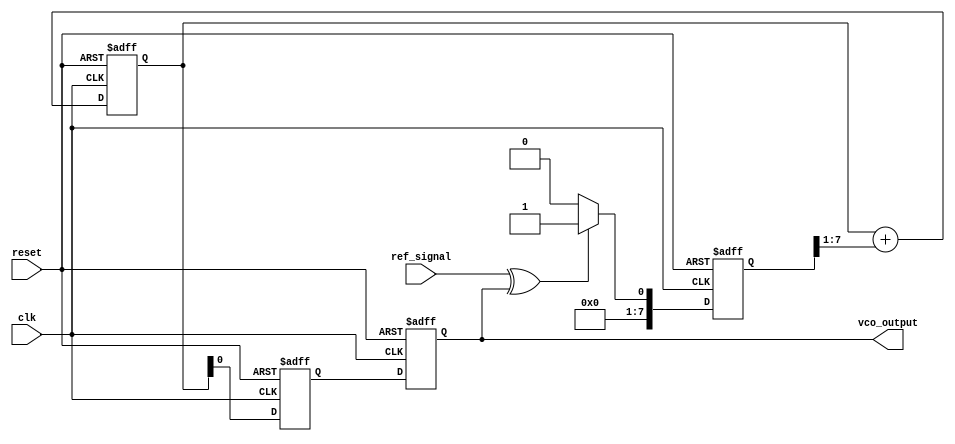
module MemoryBlocksDiscreteTimePLL (
    input wire clk,               // System clock
    input wire reset,             // Reset signal
    input wire ref_signal,        // Reference frequency signal
    output reg vco_output         // Output frequency from VCO
);

    // Parameters
    parameter N = 8;              // Number of bits for phase error and control voltage
    parameter LOOP_FILTER_SIZE = 4; // Size of the loop filter

    // Internal signals
    reg [N-1:0] phase_error;      // Phase error signal
    reg [N-1:0] control_voltage;   // Control voltage for VCO
    reg [N-1:0] vco_frequency;     // VCO frequency
    reg [N-1:0] memory_block [0:LOOP_FILTER_SIZE-1]; // Memory block for historical data
    integer i;

    // Phase Detector (PD)
    always @(posedge clk or posedge reset) begin
        if (reset) begin
            phase_error <= 0;
        end else begin
            // Simple phase detection logic (XOR for demonstration)
            phase_error <= (ref_signal ^ vco_output) ? 1 : 0;
        end
    end

    // Loop Filter (Simple IIR Filter)
    always @(posedge clk or posedge reset) begin
        if (reset) begin
            control_voltage <= 0;
        end else begin
            // Simple filter equation (for demonstration)
            control_voltage <= control_voltage + (phase_error >> 1);
        end
    end

    // Voltage-Controlled Oscillator (VCO)
    always @(posedge clk or posedge reset) begin
        if (reset) begin
            vco_frequency <= 0;
            vco_output <= 0;
        end else begin
            // Simple frequency modulation based on control voltage
            vco_frequency <= control_voltage;
            vco_output <= vco_frequency; // Output frequency
        end
    end

    // Memory Block to store previous values
    always @(posedge clk or posedge reset) begin
        if (reset) begin
            for (i = 0; i < LOOP_FILTER_SIZE; i = i + 1) begin
                memory_block[i] <= 0;
            end
        end else begin
            // Shift memory block to store previous values
            for (i = LOOP_FILTER_SIZE - 1; i > 0; i = i - 1) begin
                memory_block[i] <= memory_block[i-1];
            end
            memory_block[0] <= phase_error; // Store current phase error
        end
    end

endmodule